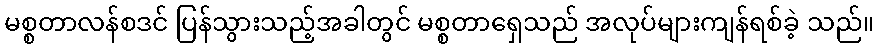
မစ္စတာလန်စဒင် ပြန်သွားသည့်အခါတွင် မစ္စတာရှေသည် အလုပ်များကျန်ရစ်ခဲ့ သည်။